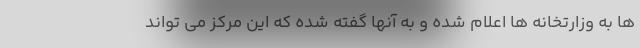
ها به وزارتخانه ها اعلام شده و به آنها گفته شده که این مرکز می تواند